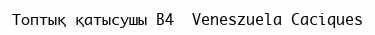
Топтық қатысушы B4  Veneszuela Caciques